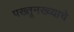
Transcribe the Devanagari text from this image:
पख्तूनख्व्याचे